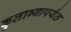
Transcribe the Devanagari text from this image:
कुलाब्यापर्यंत